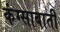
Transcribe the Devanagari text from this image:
कंग्साबाती